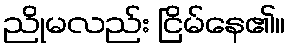
ညိုမလည်း ငြိမ်နေ၏။